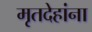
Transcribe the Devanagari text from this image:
मृतदेहांना